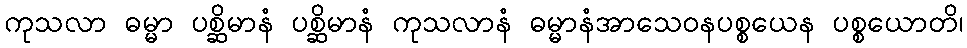
ကုသလာ ဓမ္မာ ပစ္ဆိမာနံ ပစ္ဆိမာနံ ကုသလာနံ ဓမ္မာနံအာသေဝနပစ္စယေန ပစ္စယောတိ၊